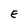
Character: E